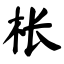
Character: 枨